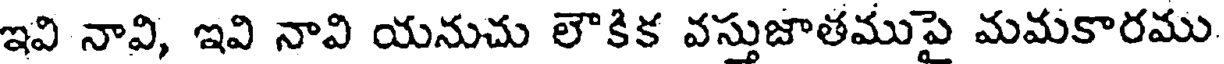
ఇవి నావి, ఇవి నావి యనుచు లౌకిక వస్తుజాతముపై మమకారము